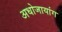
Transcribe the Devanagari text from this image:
अधोजायांग